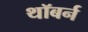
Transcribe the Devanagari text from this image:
थॉबर्न